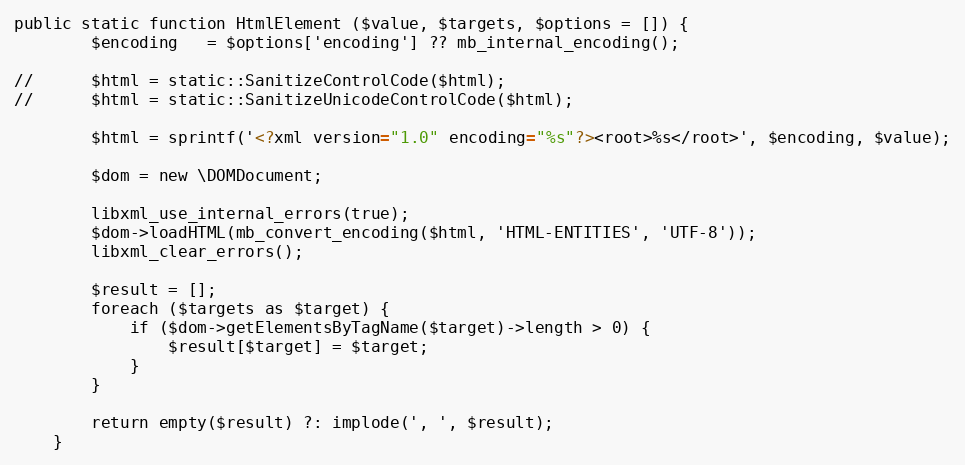
Language: PHP
public static function HtmlElement ($value, $targets, $options = []) {
		$encoding	= $options['encoding'] ?? mb_internal_encoding();

//		$html = static::SanitizeControlCode($html);
//		$html = static::SanitizeUnicodeControlCode($html);

		$html = sprintf('<?xml version="1.0" encoding="%s"?><root>%s</root>', $encoding, $value);

		$dom = new \DOMDocument;

		libxml_use_internal_errors(true);
		$dom->loadHTML(mb_convert_encoding($html, 'HTML-ENTITIES', 'UTF-8'));
		libxml_clear_errors();

		$result = [];
		foreach ($targets as $target) {
			if ($dom->getElementsByTagName($target)->length > 0) {
				$result[$target] = $target;
			}
		}

		return empty($result) ?: implode(', ', $result);
	}